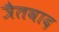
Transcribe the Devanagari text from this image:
त्रैतवाद